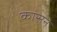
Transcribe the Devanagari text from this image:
कासन